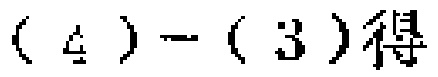
\((4)-(3)\)得